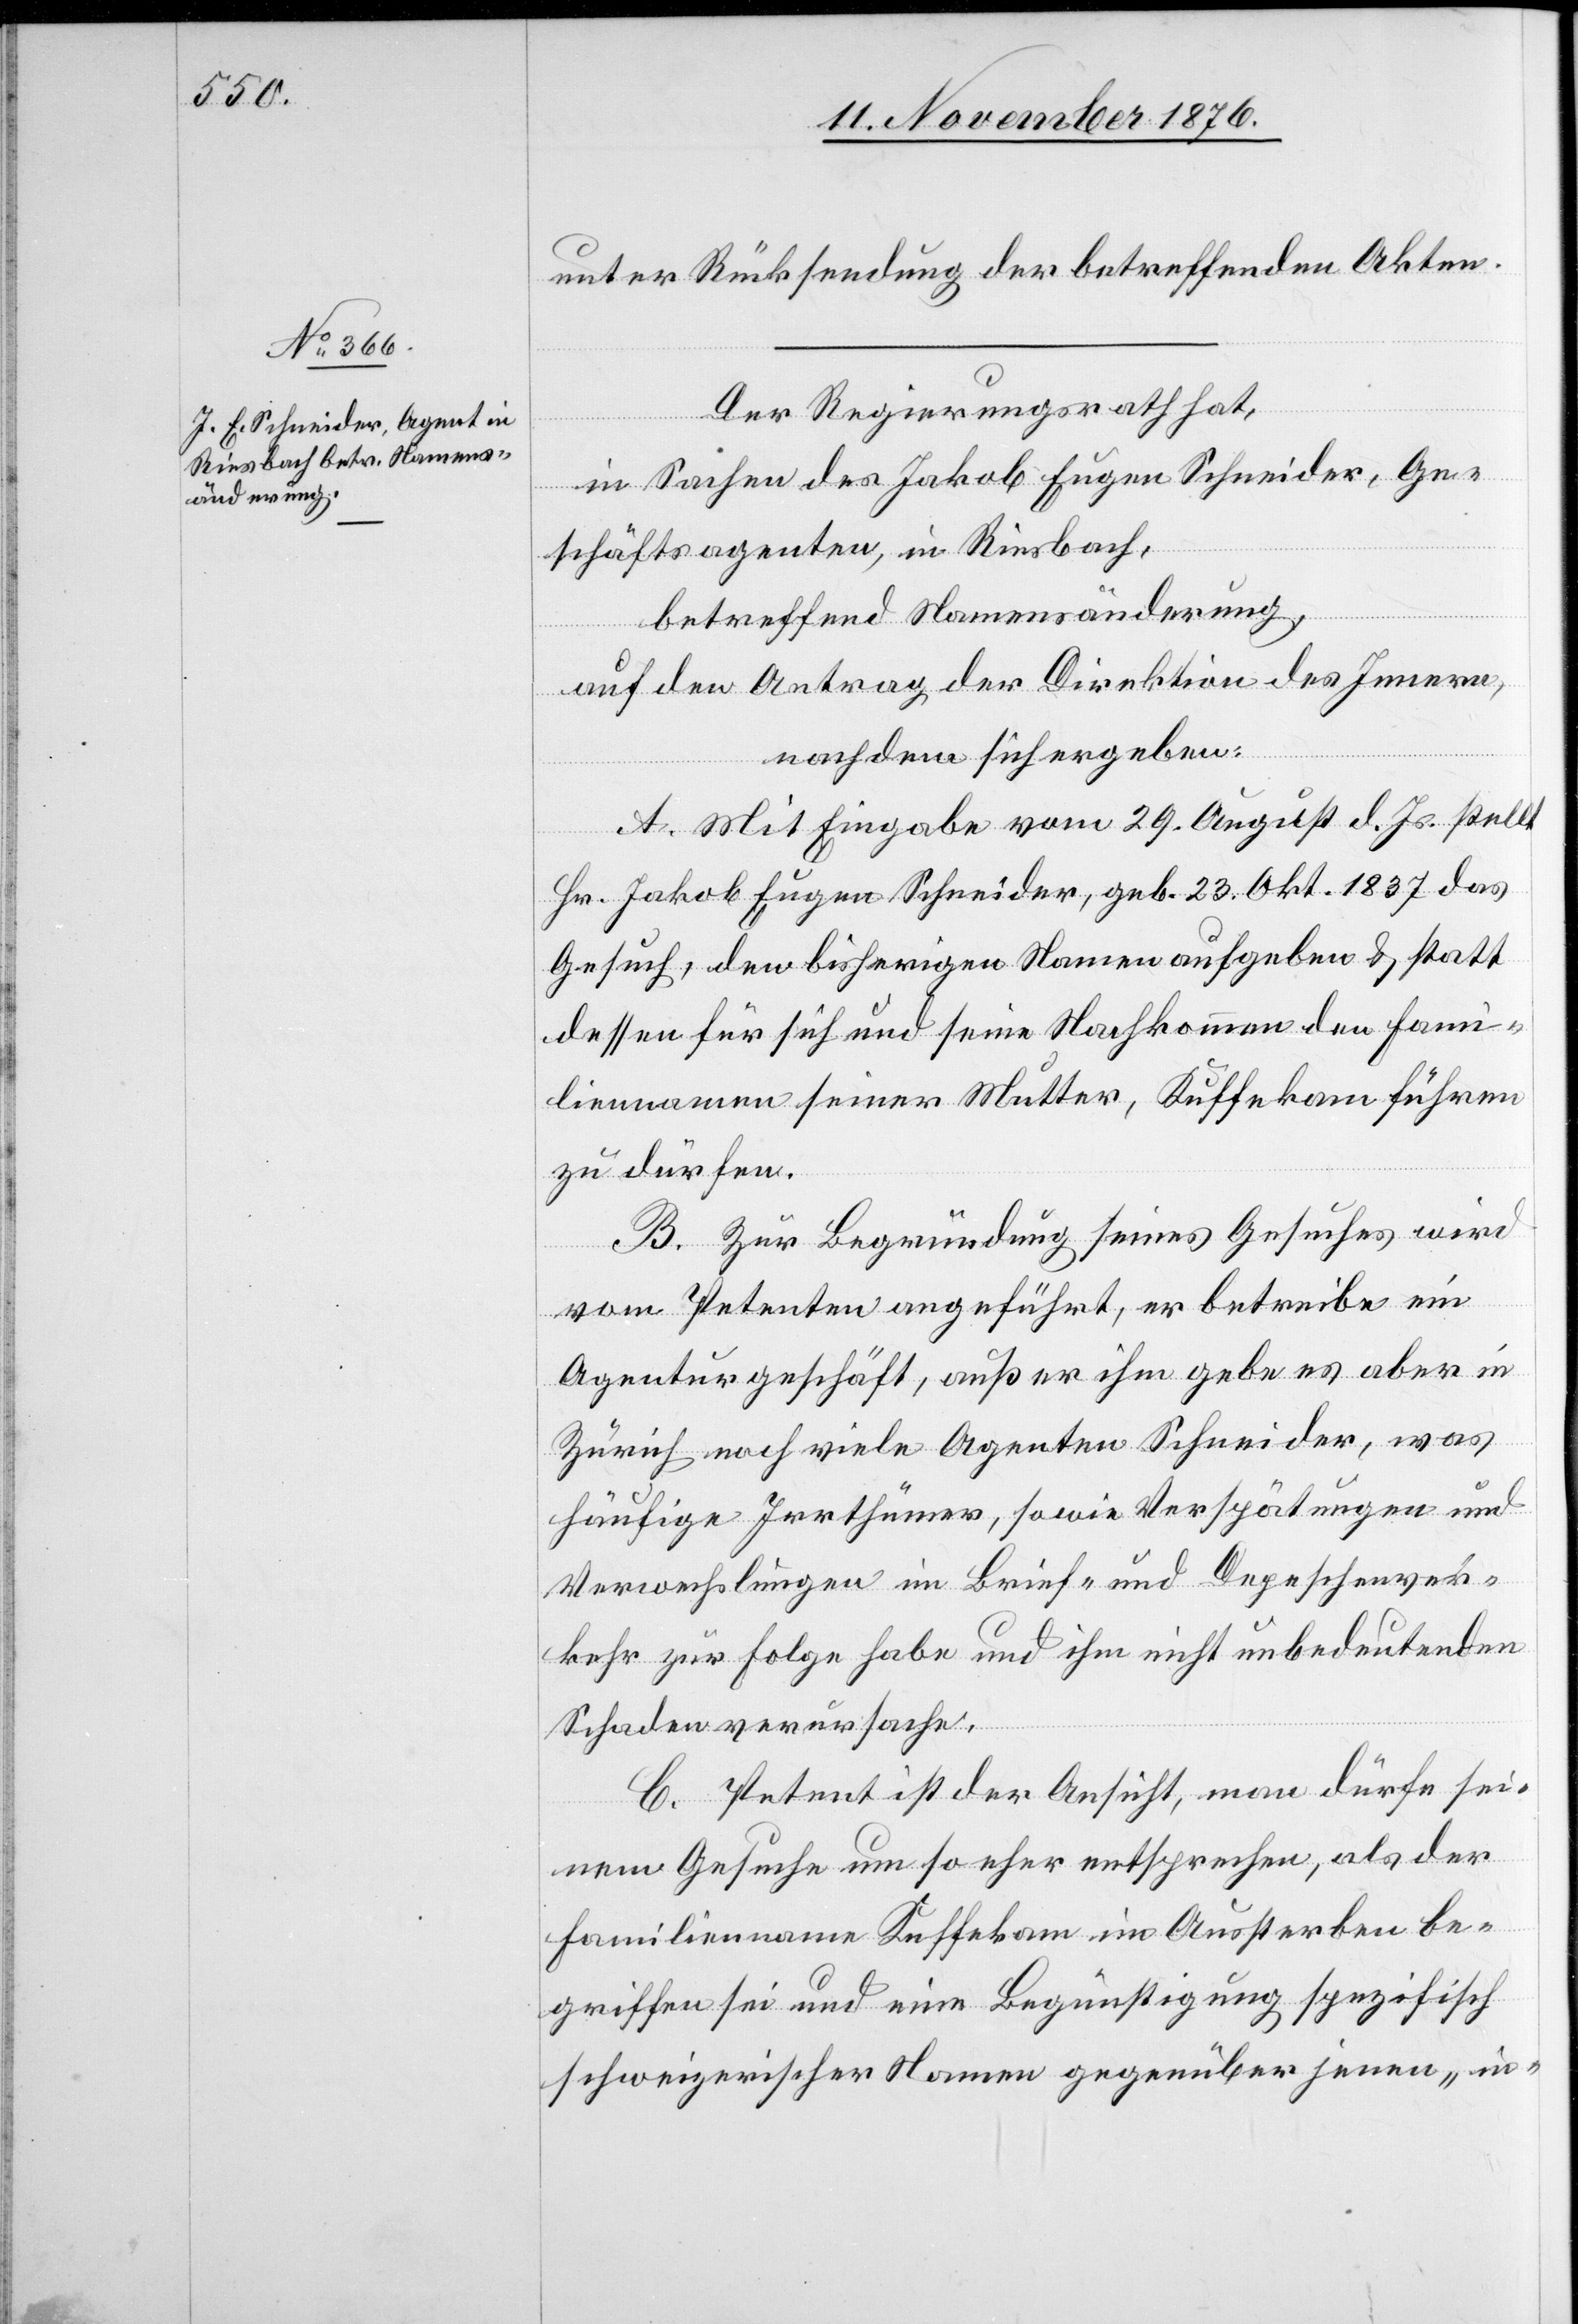
unter Rücksendung der betreffenden Akten.
Der Regierungsrath hat,
in Sachen des Jakob Eugen Schneider, Ge¬
schäftsagenden, in Riesbach,
betreffend Namensänderung,
auf den Antrag der Direktion des Innern,
nachdem sich ergeben:
A. Mit Eingabe vom 29. August d. Js. stellt
Hr. Jakob Eugen Schneider, geb. 23. Okt. 1837 das
Gesuch, den bisherigen Namen aufgeben & statt
dessen für sich und seine Nachkommen den Fami¬
liennamen seiner Mutter, Kuffekam führen
zu dürfen.
B. Zur Begründung seines Gesuches wird
vom Petenten angeführt, er betreibe ein
Agenturgeschäft, außer ihm gebe es aber in
Zürch noch viele Agenten Schneider, was
häufige Irrthümer, sowie Verspätungen und
Verwechslungen im Brief- und Depeschenver¬
kehr zur Folge habe und ihm nicht unbedeutenden
Schaden verursache.
C. Petent ist der Ansicht, man dürfe sei¬
nem Gesuche um so eher entsprechen, als der
Familienname Kuffekam im Aussterben be¬
griffen sei und eine Begünstigung spezifisch
schweizerischer Namen gegenüber jenen „in-